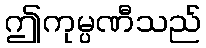
ဤကုမ္ပဏီသည်